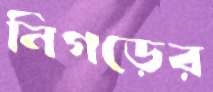
নিগড়ের